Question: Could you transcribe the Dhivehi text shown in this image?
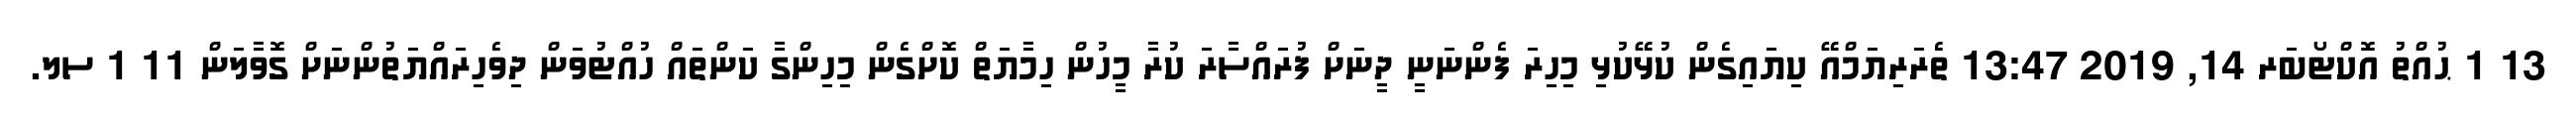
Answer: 13 1 ޙުއްތު އޮކްޓޯބަރ 14, 2019 13:47 ތެރަރިޔަމްއޭ ކިޔައިގެން ކުޅޭކުޅި މިހިރަ ފެންނަނީ ދީނަަށް ފުރައްސާރަ ކުރާ މީހުން ހިމާޔަތް ކޮށްގެން މިހިންގާ ކަންތައް ހުއްޓުވަން ދިވެހިރައްޔަތުންނަށް ގޮވާލަން 11 1 ސލ.